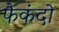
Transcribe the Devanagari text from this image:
फैकंदो